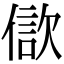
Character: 𣣢